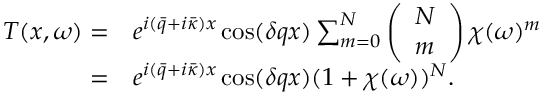
\begin{array} { r l } { T ( x , \omega ) = } & { e ^ { i ( \bar { q } + i \bar { \kappa } ) x } \cos ( \delta q x ) \sum _ { m = 0 } ^ { N } \left( \begin{array} { l } { N } \\ { m } \end{array} \right) \chi ( \omega ) ^ { m } } \\ { = } & { e ^ { i ( \bar { q } + i \bar { \kappa } ) x } \cos ( \delta q x ) ( 1 + \chi ( \omega ) ) ^ { N } . } \end{array}